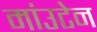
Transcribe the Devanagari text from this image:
मांउटेन